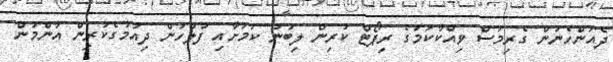
ދެއަންހެނުން ގެރިމަސް ވިއްކާކަމުގެ ރިޕޯޓް ކުރިން ލިބުނު ކަމަށާއި ފުލުހުން ދިއުމުގެކުރިން އާންމުން